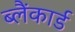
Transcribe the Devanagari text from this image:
ब्लैंकार्ड